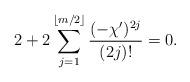
LaTeX: \begin{align*}2 + 2 \sum_{j=1}^{\lfloor m/2 \rfloor}\frac{(-\chi')^{2j}}{(2j)!} = 0.\end{align*}